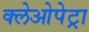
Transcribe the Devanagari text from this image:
क्लेओपेट्रा